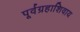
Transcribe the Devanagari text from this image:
पूर्वग्रहाशिवाय